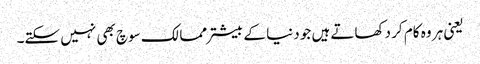
یعنی ہر وہ کام کر دکھاتے ہیں جو دنیا کے بیشتر ممالک سوچ بھی نہیں سکتے۔